Scottish Certificate of Education, 1962
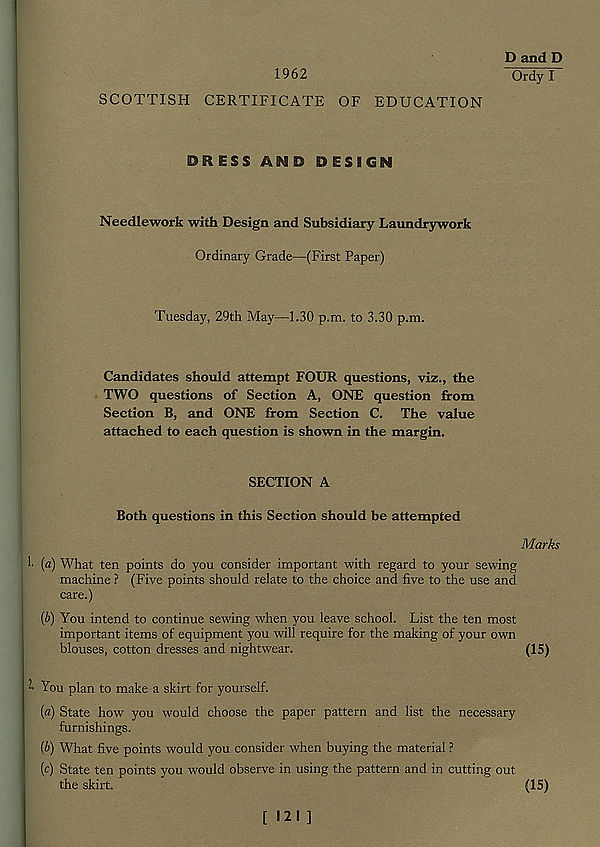
1962
SCOTTISH CERTIFICATE OF EDUCATION
D and D
Ordy I
DRESS AND DESIGN
Needlework with Design and Subsidiary Laundrywork
Ordinary Grade—(First Paper)
Tuesday, 29th May—1.30 p.m. to 3.30 p.m.
Candidates should attempt FOUR questions, viz., the
TWO questions of Section A, ONE question from
Section B, and ONE from Section C. The value
attached to each question is shown in the margin.
SECTION A
Both questions in this Section should be attempted
Marks
!■ (a) What ten points do you consider important with regard to your sewing
machine ? (Five points should relate to the choice and five to the use and
care.)
(b) You intend to continue sewing when you leave school. List the ten most
important items of equipment you will require for the making of your own
blouses, cotton dresses and nightwear.
(15)
You plan to make a skirt for yourself.
[a) State how you would choose the paper pattern and list the necessary
furnishings.
{b) What five points would you consider when buying the material ?
(c) State ten points you would observe in using the pattern and in cutting out
the skirt.
(15)
[ 121]